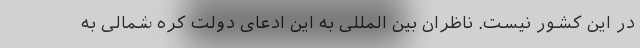
در این کشور نیست. ناظران بین المللی به این ادعای دولت کره شمالی به